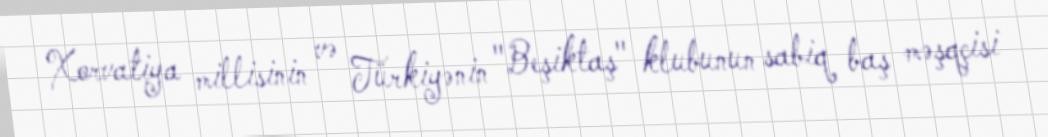
Xorvatiya millisinin və Türkiyənin "Beşiktaş" klubunun sabiq baş məşqçisi